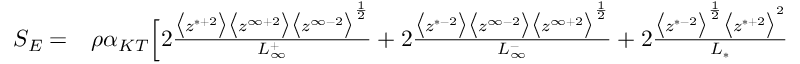
\begin{array} { r l } { S _ { E } = } & { { } \rho \alpha _ { K T } \Big [ 2 \frac { \big < z ^ { * + 2 } \big > \big < z ^ { \infty + 2 } \big > \big < z ^ { \infty - 2 } \big > ^ { \frac { 1 } { 2 } } } { L _ { \infty } ^ { + } } + 2 \frac { \big < z ^ { * - 2 } \big > \big < z ^ { \infty - 2 } \big > \big < z ^ { \infty + 2 } \big > ^ { \frac { 1 } { 2 } } } { L _ { \infty } ^ { - } } + 2 \frac { \big < z ^ { * - 2 } \big > ^ { \frac { 1 } { 2 } } \big < z ^ { * + 2 } \big > ^ { 2 } } { L _ { * } } } \end{array}